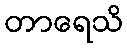
တာရေသိ